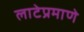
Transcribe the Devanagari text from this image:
लाटेप्रमाणे